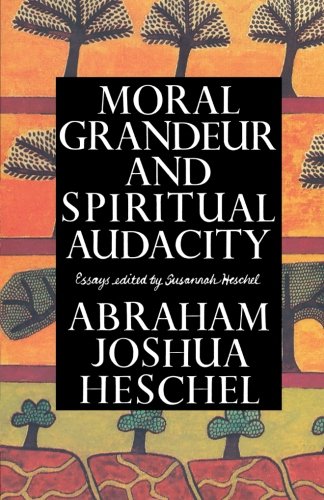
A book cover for Moral Grandeur and Spiritual Audacity: Essays; Abraham Joshua Heschel; Religion & Spirituality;